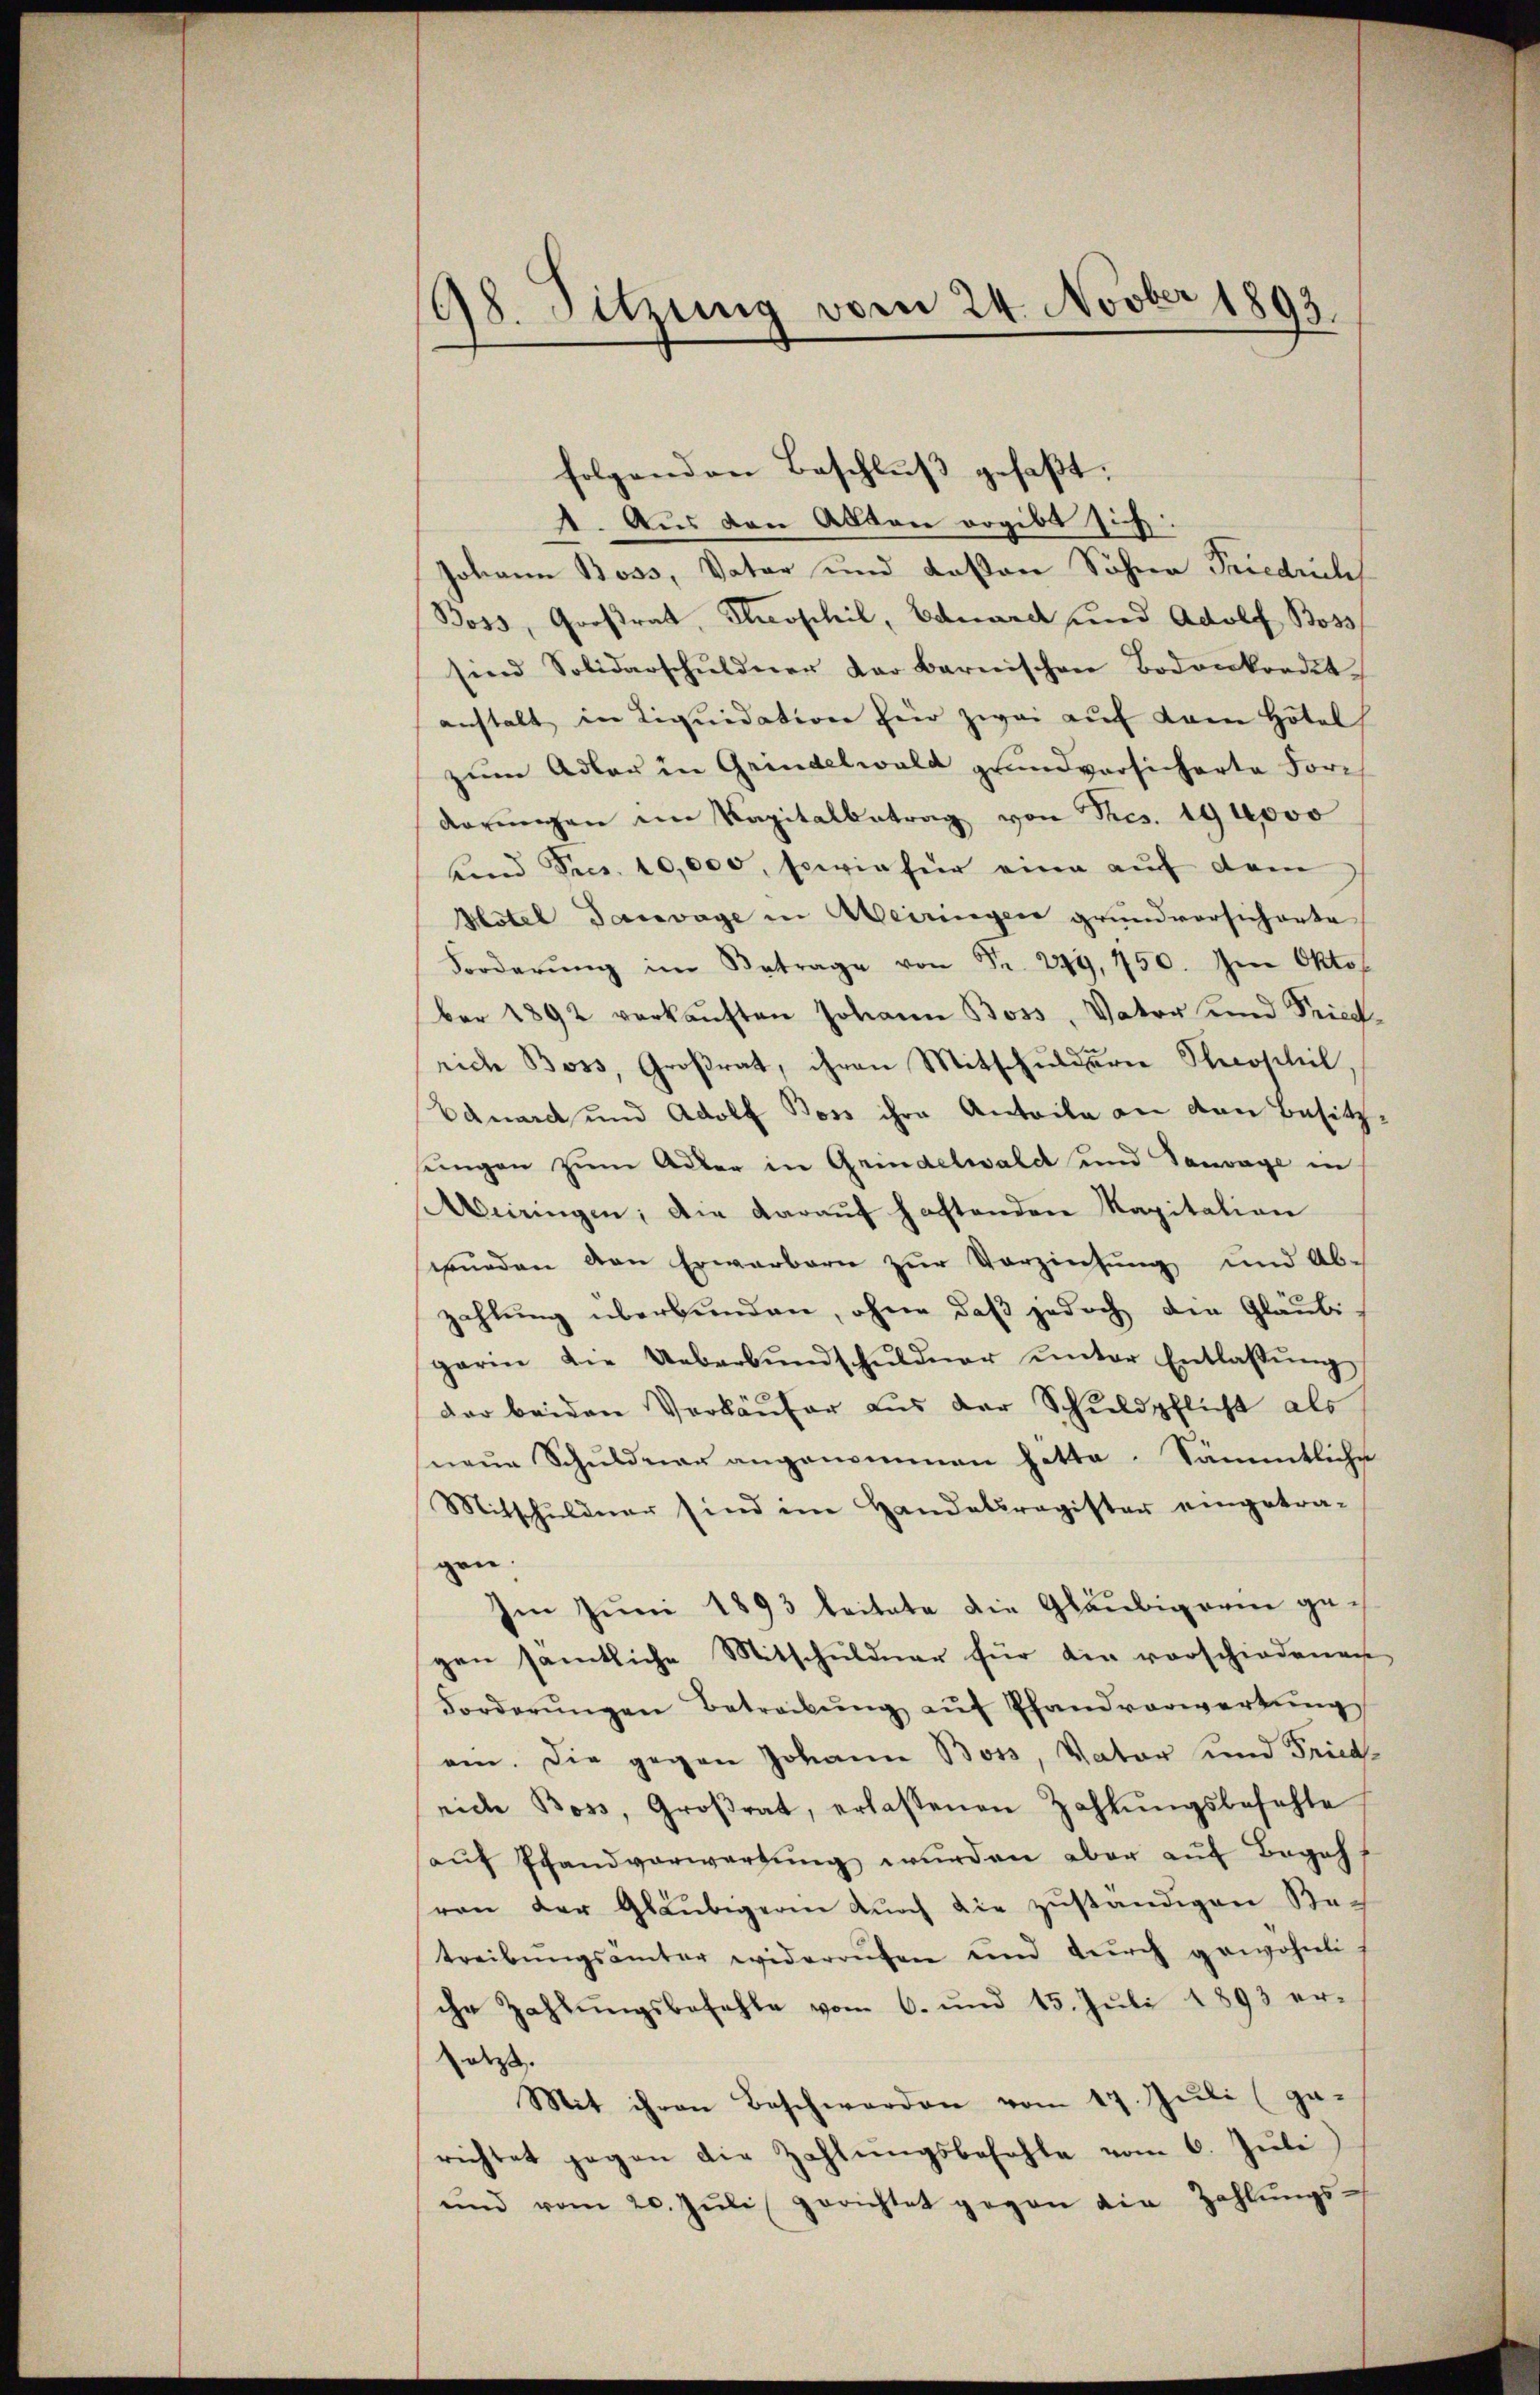
198. Sitzung vom 24. Novber 1893.

folgenden Beschluß gefaßt:
1. Aus den Akten ergibt sich:
Johann Boss, Vater und Kosten Söhne Friedrich
Boss, Großrat, Theophil, Edwardt und Adolf Boss
sind Solidarschŭldner der Barnischen Bodonkordit
anstalt in Liquidation für zwei auf kam Hotel
zŭm Adler in Grindelwald grundversicherte Forc
derŭngen im Kapitalbetrag von Res. 19 4000
unnd Secs. 10,000, sowie für eine auf dem
Hotel darvage in Weiringen grundversicherte
Forderŭng im Betrage von Fr. 249, 750. Im Okto
ber 1892 verkaŭften Johann Boss, Vater und Friedrich Boss, Groβrat, ihren Mitschŭldern Stecoscheil.
Edmarch und Adolf Boss ihre Anteile an den Besitz,
sŭngen zŭm Aber in Grindelwald und Tanvage in
eiringen; die darauf haftenden Kapitalien
würden den Erwarbern zur Verzinsung und Abzahlung überbunden, ohne daß jedoch die Gläubigarin die Ueberbŭndschuldner ŭnter Entlassŭng
der beiden Verkäŭfer aus der Schuldpflicht als
neŭe Schuldner angenommen hatte. Sämmtliche
Mitschuldner sind im Handelsregister eingetra-
gen
Im Juni 1893 beitete die Gläubigem gegen sämtliche Mitschuldner für die vorschiedenen
Forderŭngen Betreibŭng aŭf Pfandverwertŭng
ein. Die gegen Johann Boss, Vater und Fried-
rich Boss, Groβrat, erlassenen Zahlŭngsbeschle
auf Pfandverwartung wurden aber auf Begehvon der Gläubigeren durch die zuständigen Rec
treibŭngsanter widerrufen und durch gewöhnli
che Zahlungsbefehle vom 6. und 15. Juli 1893 ersetzt.
Mit ihren Beschwerden vom 17. Juli (ga-
richtet gegen die Zahlŭngsbefehle vom 6. Jŭli
ŭnd vom 20. Jŭli gerichtet gegen die Zahlŭngs-